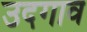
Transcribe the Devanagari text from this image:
उदगाव